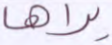
يراها